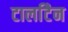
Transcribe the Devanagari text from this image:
टार्लाटैन